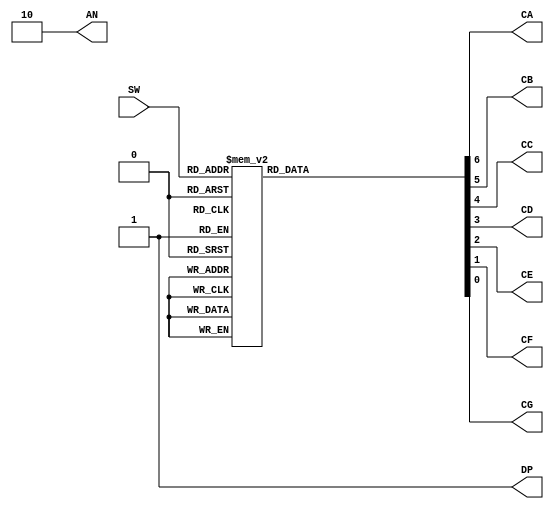
`timescale 1ns / 1ps
module sseg_driver(
    input [3:0] SW,
    output [1:0] AN,
    output CA,
    output CB,
    output CC,
    output CD,
    output CE,
    output CF,
    output CG,
    output DP
    );
    reg [6:0] sseg;
    reg [3:0] num;
	assign DP = 1;
	assign AN[0] = 0;
	assign AN[1] = 1;
	
	always@* begin
		case({SW[3], SW[2],SW[1], SW[0]})
		0:       sseg <= 7'b0000001;
		1:       sseg <= 7'b1001111;
		2:       sseg <= 7'b0010010;
		3:       sseg <= 7'b0000110;
		4:       sseg <= 7'b1001100;
		5:       sseg <= 7'b0100100;
		6:       sseg <= 7'b0100000;
		7:       sseg <= 7'b0001111;
		8:       sseg <= 7'b0000000;
		9:       sseg <= 7'b0001100;
		10:      sseg <= 7'b0001000;
		11:      sseg <= 7'b1100000;
		12:      sseg <= 7'b0110001;
		13:      sseg <= 7'b1000010;
		14:      sseg <= 7'b0110000;
		default: sseg <= 7'b0111000;
		endcase
		
	end
	assign {CA,CB,CC,CD,CE,CF,CG} = sseg;
endmodule